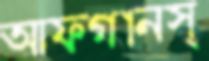
আফগানস্